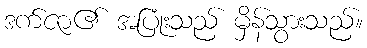
ဒက်ဇာ၏ အပြုံးသည် မှိန်သွားသည်။